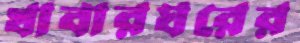
খাবারঘরের